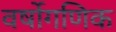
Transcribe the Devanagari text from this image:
वर्षोगणिक